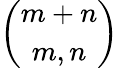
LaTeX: \binom{m+n}{m,n}